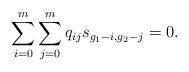
LaTeX: \begin{align*}\sum_{i=0}^m\sum_{j=0}^m q_{ij}s_{g_1-i,g_2-j}=0.\end{align*}